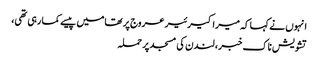
انہوں نے کہا کہ میرا کیرئیر عروج پر تھامیں پیسے کما رہی تھی،
تشویش ناک خبر، لندن کی مسجد پر حملہ